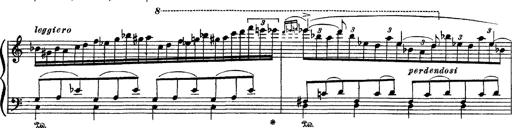
Title: Apparitions
Composer: Franz Liszt